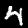
Digit: 4